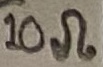
Text: 10Ω